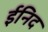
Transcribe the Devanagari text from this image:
ईनिद